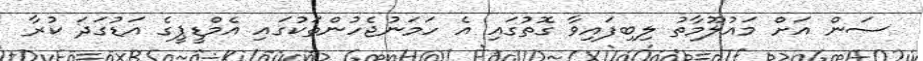
ސަން އަށް މައުލޫމާތު ލިބިފައިވާ ގޮތުގައި އެ ހަމަނުޖެހުންތަކުގައި އެމްޑީޕީގެ އަޑުގަދަ ކުރާ